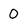
Character: O